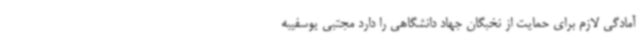
آمادگی لازم برای حمایت از نخبگان جهاد دانشگاهی را دارد مجتبی یوسفیبه